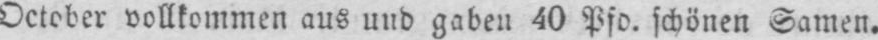
October vollkommen aus und gaben 40 Pfd. schönen Samen.